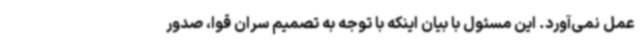
عمل نمی‌آورد. این مسئول با بیان اینکه با توجه به تصمیم سران قوا، صدور